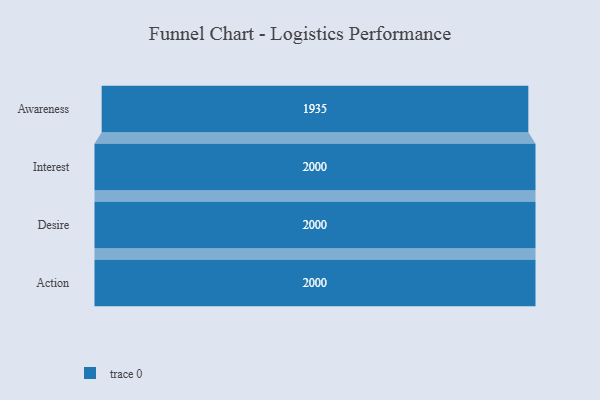
{"axis": {"x": "Stage", "y": "Value"}, "legend": [""], "data": [{"x": "Awareness", "y": 1935.0, "type": ""}, {"x": "Interest", "y": 2000, "type": ""}, {"x": "Desire", "y": 2000, "type": ""}, {"x": "Action", "y": 2000, "type": ""}]}